Vaccination in Bombay 1889-1901 - 1889-1901
Year: 1889
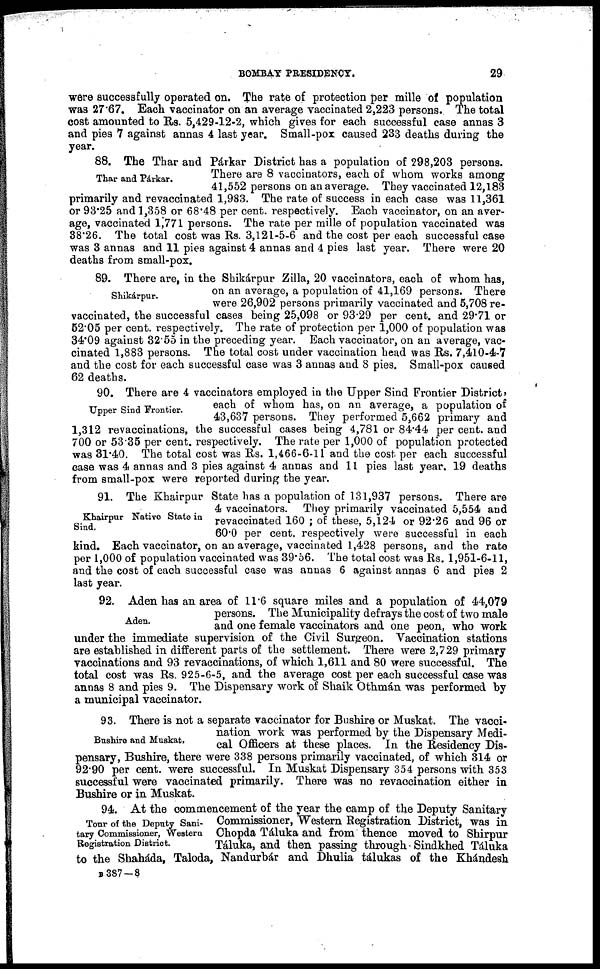
BOMBAY PRESIDENCY.
29
were successfully operated on. The rate of protection per mille of population
was 27.67. Each vaccinator on an average vaccinated 2,223 persons. The total
cost amounted to Rs. 5,429-12-2, which gives for each successful case annas 3
and pies 7 against annas 4 last year. Small-pox caused 233 deaths during the
year.
Thar and Párkar.
88. The Thar and Párkar District has a population of 298,203 persons.
There are 8 vaccinators, each of whom works among
41,552 persons on an average. They vaccinated 12,183
primarily and revaccinated 1,983. The rate of success in each case was 11,361
or 93.25 and 1,358 or 68.48 per cent. respectively. Each vaccinator, on an aver-
age, vaccinated 1,771 persons. The rate per mille of population vaccinated was
38.26. The total cost was Rs. 3,121-5-6 and the cost per each successful case
was 3 annas and 11 pies against 4 annas and 4 pies last year. There were 20
deaths from small-pox.
Shikárpur.
89. There are, in the Shikárpur Zilla, 20 vaccinators, each of whom has,
on an average, a population of 41,169 persons. There
were 26,902 persons primarily vaccinated and 5,708 re-
vaccinated, the successful cases being 25,098 or 93.29 per cent. and 29.71 or
52.05 per cent. respectively. The rate of protection per 1,000 of population was
34.09 against 32.55 in the preceding year. Each vaccinator, on an average, vac-
cinated 1,883 persons. The total cost under vaccination head was Rs. 7,410-4-7
and the cost for each successful case was 3 annas and 8 pies. Small-pox caused
62 deaths.
Upper Sind Frontier.
90. There are 4 vaccinators employed in the Upper Sind Frontier District,
each of whom has, on an average, a population of
43,637 persons. They performed 5,662 primary and
1,312 revaccinations, the successful cases being 4,781 or 84.44 per cent. and
700 or 53.35 per cent. respectively. The rate per 1,000 of population protected
was 31.40. The total cost was Rs. 1,466-6-11 and the cost per each successful
case was 4 annas and 3 pies against 4 annas and 11 pies last year. 19 deaths
from small-pox were reported during the year.
Khairpur Native State in
Sind.
91. The Khairpur State has a population of 131,937 persons. There are
4 vaccinators. They primarily vaccinated 5,554 and
revaccinated 160 ; of these, 5,124 or 92.26 and 96 or
60.0 per cent. respectively were successful in each
kind. Each vaccinator, on an average, vaccinated 1,428 persons, and the rate
per 1,000 of population vaccinated was 39.56. The total cost was Rs. 1,951-6-11,
and the cost of each successful case was annas 6 against annas 6 and pies 2
last year.
Aden.
92. Aden has an area of 11.6 square miles and a population of 44,079
persons. The Municipality defrays the cost of two male
and one female vaccinators and one peon, who work
under the immediate supervision of the Civil Surgeon. Vaccination stations
are established in different parts of the settlement. There were 2,729 primary
vaccinations and 93 revaccinations, of which 1,611 and 80 were successful. The
total cost was Rs. 925-6-5, and the average cost per each successful case was
annas 8 and pies 9. The Dispensary work of Shaik Othmán was performed by
a municipal vaccinator.
Bushire and Muskat,
93. There is not a separate vaccinator for Bushire or Muskat. The vacci-
nation work was performed by the Dispensary Medi-
cal Officers at these places. In the Residency Dis-
pensary, Bushire, there were 338 persons primarily vaccinated, of which 314 or
92.90 per cent. were successful. In Muskat Dispensary 354 persons with 353
successful were vaccinated primarily. There was no revaccination either in
Bushire or in Muskat.
Tour of the Deputy Sani-
tary Commissioner, Western
Registration District.
94. At the commencement of the year the camp of the Deputy Sanitary
Commissioner, Western Registration District, was in
Chopda Táluka and from thence moved to Shirpur
Táluka, and then passing through Sindkhed Táluka
to the Shaháda, Taloda, Nandurbár and Dhulia tálukas of the Khándesh
B 387—8